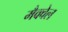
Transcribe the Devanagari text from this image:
मैक्वेल